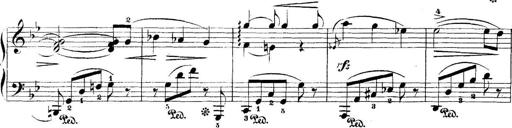
Title: 5 Sonatinas
Composer: Theodor Kirchner